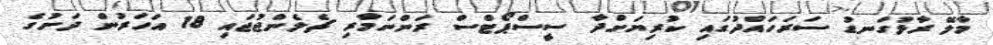
މާލޭ ރާޅުގަނޑު ސަރަހައްދުގައި ކުރިޔަށްދާ ސީސްޕޯޓްސް ރަންނަމާރި ޗެލެންޖުޖައި 18 އަހަރުން ދަށުގެ